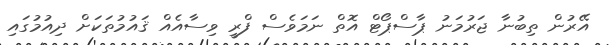
އޭރުން ތިބުނާ ޖަރުމަނު ޕާސްޕޯޓް އޮތް ނަމަވެސް ފްރީ ވިސާއެއް ޤައުމުތަކަށް ދިއުމުގައި